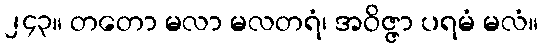
၂၄၃။ တတော မလာ မလတရံ၊ အဝိဇ္ဇာ ပရမံ မလံ။